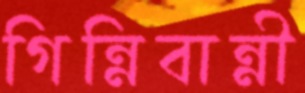
গিন্নিবান্নী